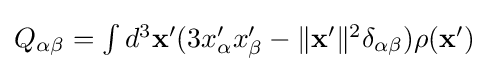
{\textstyle Q_{\alpha \beta }=\int d^{3}\mathbf {x'} (3x'_{\alpha }x'_{\beta }-\|\mathbf {x'} \|^{2}\delta _{\alpha \beta })\rho (\mathbf {x'} )}